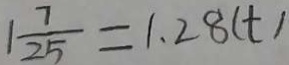
1 \frac { 7 } { 2 5 } = 1 . 2 8 ( t )